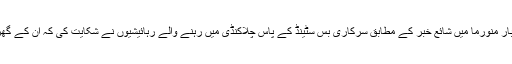
یہ واقعہ کیرالہ کے تھریسسور ضلعے کا ہے اور مقامی اخبار منورما میں شائع خبر کے مطابق سرکاری بس سٹینڈ کے پاس چلاکنڈی میں رہنے والے رہائیشیوں نے شکایت کی کہ ان کے گھروں میں جو پانی آ رہا ہے اس کا ذائقہ شراب کی طرح ہے۔